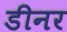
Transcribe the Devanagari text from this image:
डीनर